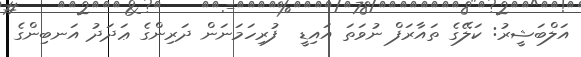
އަލްބަޝީރު: ކަލޭގެ ތައާރަފް ނުވަތަ އައިޑީ  ފުރިހަމަނަން ދަރިންގެ ޢަދަދު އަނބިންގެ